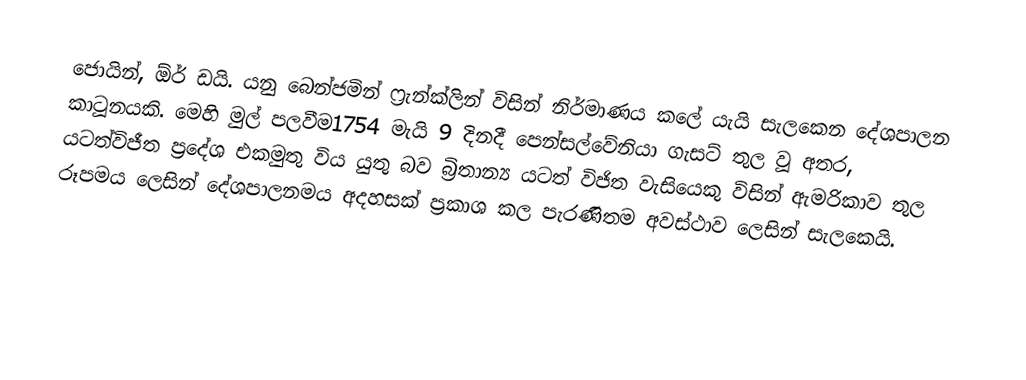
ජොයින්, ඕර් ඩයි. යනු ‌බෙන්ජමින් ෆ්‍රැන්ක්ලින් විසින් නිර්මාණය කලේ යැයි සැලකෙන දේශපාලන කාටූනයකි. මෙහි මුල් පලවීම1754 මැයි 9 දිනදී පෙන්සල්වේනියා ගැසට් තුල වූ අතර, යටත්විජීත ප්‍රදේශ එකමුතු විය යුතු බව බ්‍රිතාන්‍ය යටත් විජිත වැසියෙකු විසින් ඇමරිකාව තුල රූපමය ලෙසින් දේශපාලනමය අදහසක් ප්‍රකාශ කල පැරණිතම අවස්ථාව ලෙසින් සැලකෙයි.